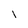
Character: I